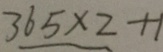
3 6 5 \times 2 + 1